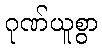
ဂုဏ်ယူစွာ